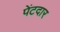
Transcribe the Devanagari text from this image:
पेंटदार